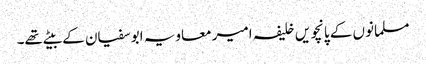
مسلمانوں کے پانچویں خلیفہ امیر معاویہ ابوسفیان کے بیٹے تھے۔